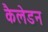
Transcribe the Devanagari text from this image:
कैलेडन